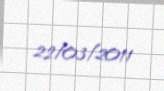
22/03/2011